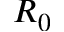
R _ { 0 }